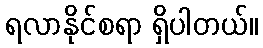
ရလာနိုင်စရာ ရှိပါတယ်။